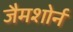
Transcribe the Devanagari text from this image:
जैमशोर्न